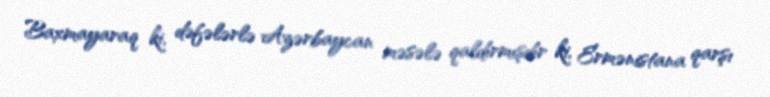
Baxmayaraq ki, dəfələrlə Azərbaycan məsələ qaldırmışdır ki, Ermənistana qarşı